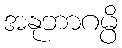
အနုဘာဂမ္ပိ